Resolution. No. 1369 Ex.
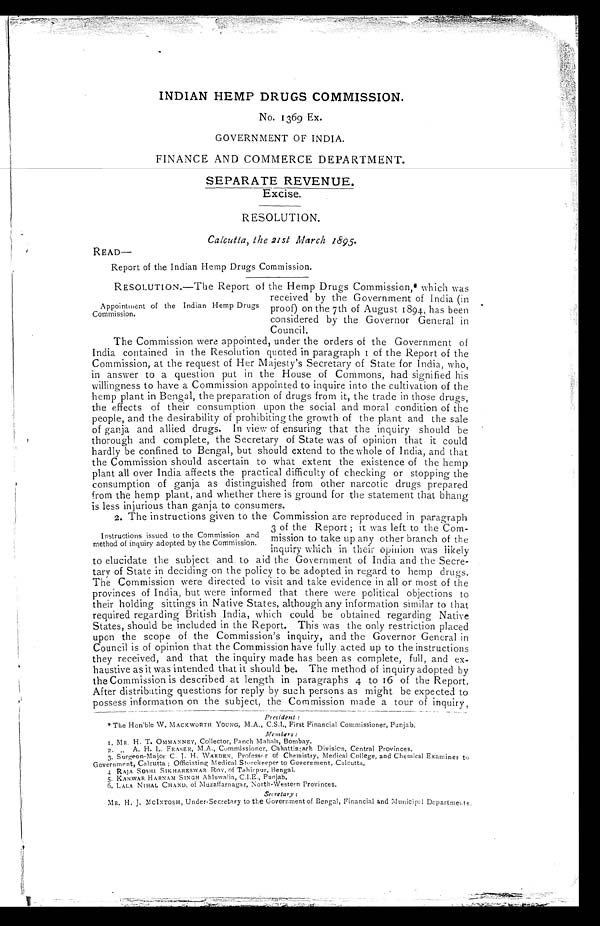
INDIAN HEMP DRUGS COMMISSION.
No. 1369 Ex.
GOVERNMENT OF INDIA.
FINANCE AND COMMERCE DEPARTMENT.
SEPARATE REVENUE.
Excise.
RESOLUTION.
Calcutta, the 2 1 S1 March 1895.
READ—
Report of the Indian Hemp Drugs Commission.
RESOLUTION.—The Report of the Hemp Drugs Commission,* which was
received by the Government of India (in
Appointment of the Indian Hemp Drugs proof) on the 7th of August 1894, has been
Commission.
considered by the Governor General in
Council.
The Commission were appointed, under the orders of the Government of
India contained in the Resolution quoted in paragraph 1 of the Report of the
Commission, at the request of Her Majesty's Secretary of State for India, who,
in answer to a question put in the House of Commons, had signified his
willingness to have a Commission appointed to inquire into the cultivation of the
hemp plant in Bengal, the preparation of drugs from it, the trade in those drugs,
the effects of their consumption upon the social and moral condition of the
people, and the desirability of prohibiting the growth of the plant and the sale
of ganja and allied drugs. In view of ensuring that the inquiry should be
thorough and complete, the Secretary of State was of opinion that it could
hardly be confined to Bengal, but should extend to the whole of India, and that
the Commission should ascertain to what extent the existence of the hemp
plant all over India affects the practical difficulty of checking or stopping the
consumption of ganja as distinguished from other narcotic drugs prepared
from the hemp plant, and whether there is ground for the statement that bhang
is less injurious than ganja to consumers.
2. The instructions given to the Commission are reproduced in paragraph
3 of the Report; it was left to theC o m -
Instructions issued to the Commission and mission to take up any other branch of the
method of inquiry adopted by the Commission.
.
.
inquiry which in their opinion was likely
to elucidate the subject and to aid the Government of India and the Secre-
tary of State in deciding on the policy to be adopted in regard to hemp drugs.
The Commission were directed to visit and take evidence in all or most of the
provinces of India, but were informed that there were political objections to
their holding sittings in Native States, although any information similar to that
required regarding British India, which could be obtained regarding Native
States, should be included in the Report. This was the only restriction placed
upon the scope of the Commission's inquiry, and the Governor General in
Council is of opinion that the Commission have fully acted up to the instructions
they received, and that the inquiry made has been as complete, full, and ex-
haustive as it was intended that it should be. The method of inquiry adopted by
the Commission is described at length in paragraphs 4 to 16 of the Report.
After distributing questions for reply by such persons as might be expected to
possess information on the subject, the Commission made a tour of inquiry,
President :
*The Hon'ble W, MACKWORTH YOUNG, M.A., C.S.I., First Financial Commissioner, Punjab.
Members :
1. MR. H. T. OMMANNEY, Collector, Panch Mahals, Bombay.
2, „ A. H. L. FRASER, M.A., Commissioner, Chhattisgarh Division, Central Provinces.
3. Surgeon-?Major C. J. H. WARDEN, Professor of Chemistry, Medical College, and Chemical Examiner to
Government, Calcutta ; Officiating Medical Storekeeper to Government, Calcutta.
4 RAJA SOSHI SIKHARESWAR ROY, of Tahirpur,
5. KANWAR HARNAM SINGH Ahluwalia, C.I.E., Punjab.
6. LALA NIHAL CHAND, of Muzaffarnagar, North-Western Provinces.
Secretary
:
MR. H. J. MCINTOSH, Under-Secretary to the Government of Bengal, Financial and Municipal Departments.